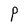
Character: P